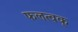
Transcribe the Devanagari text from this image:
फलत्वक्